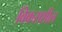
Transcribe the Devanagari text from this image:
विकसशील